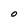
Character: O